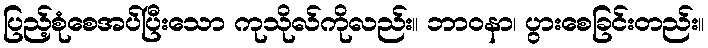
ပြည့်စုံစေအပ်ပြီးသော ကုသိုလ်ကိုလည်း။ ဘာဝနာ၊ ပွားစေခြင်းတည်း။